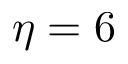
\eta = 6